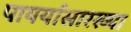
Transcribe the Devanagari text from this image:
पायर्यांसारख्या